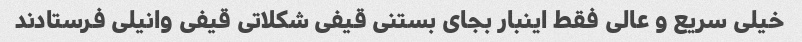
خیلی سریع و عالی فقط اینبار بجای بستنی قیفی شکلاتی قیفی وانیلی فرستادند